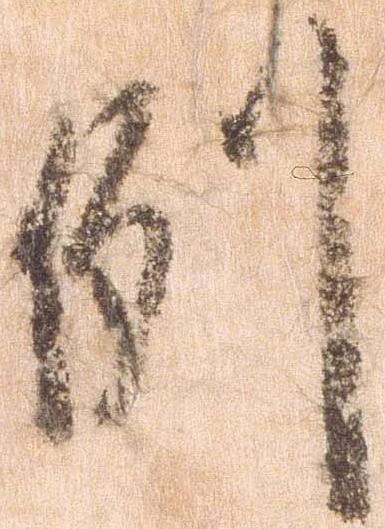
例